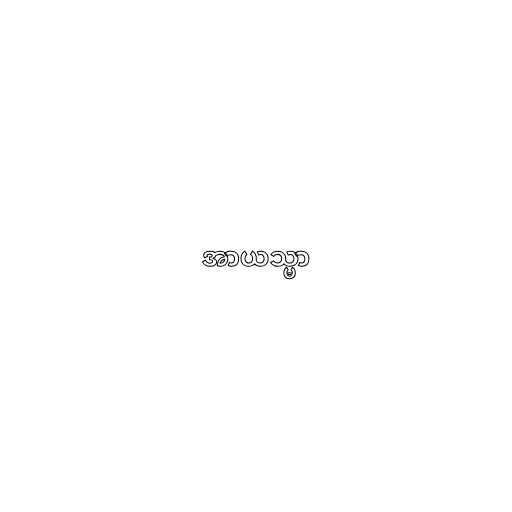
အာယသ္မာ